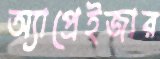
অ্যাপ্রেইজার